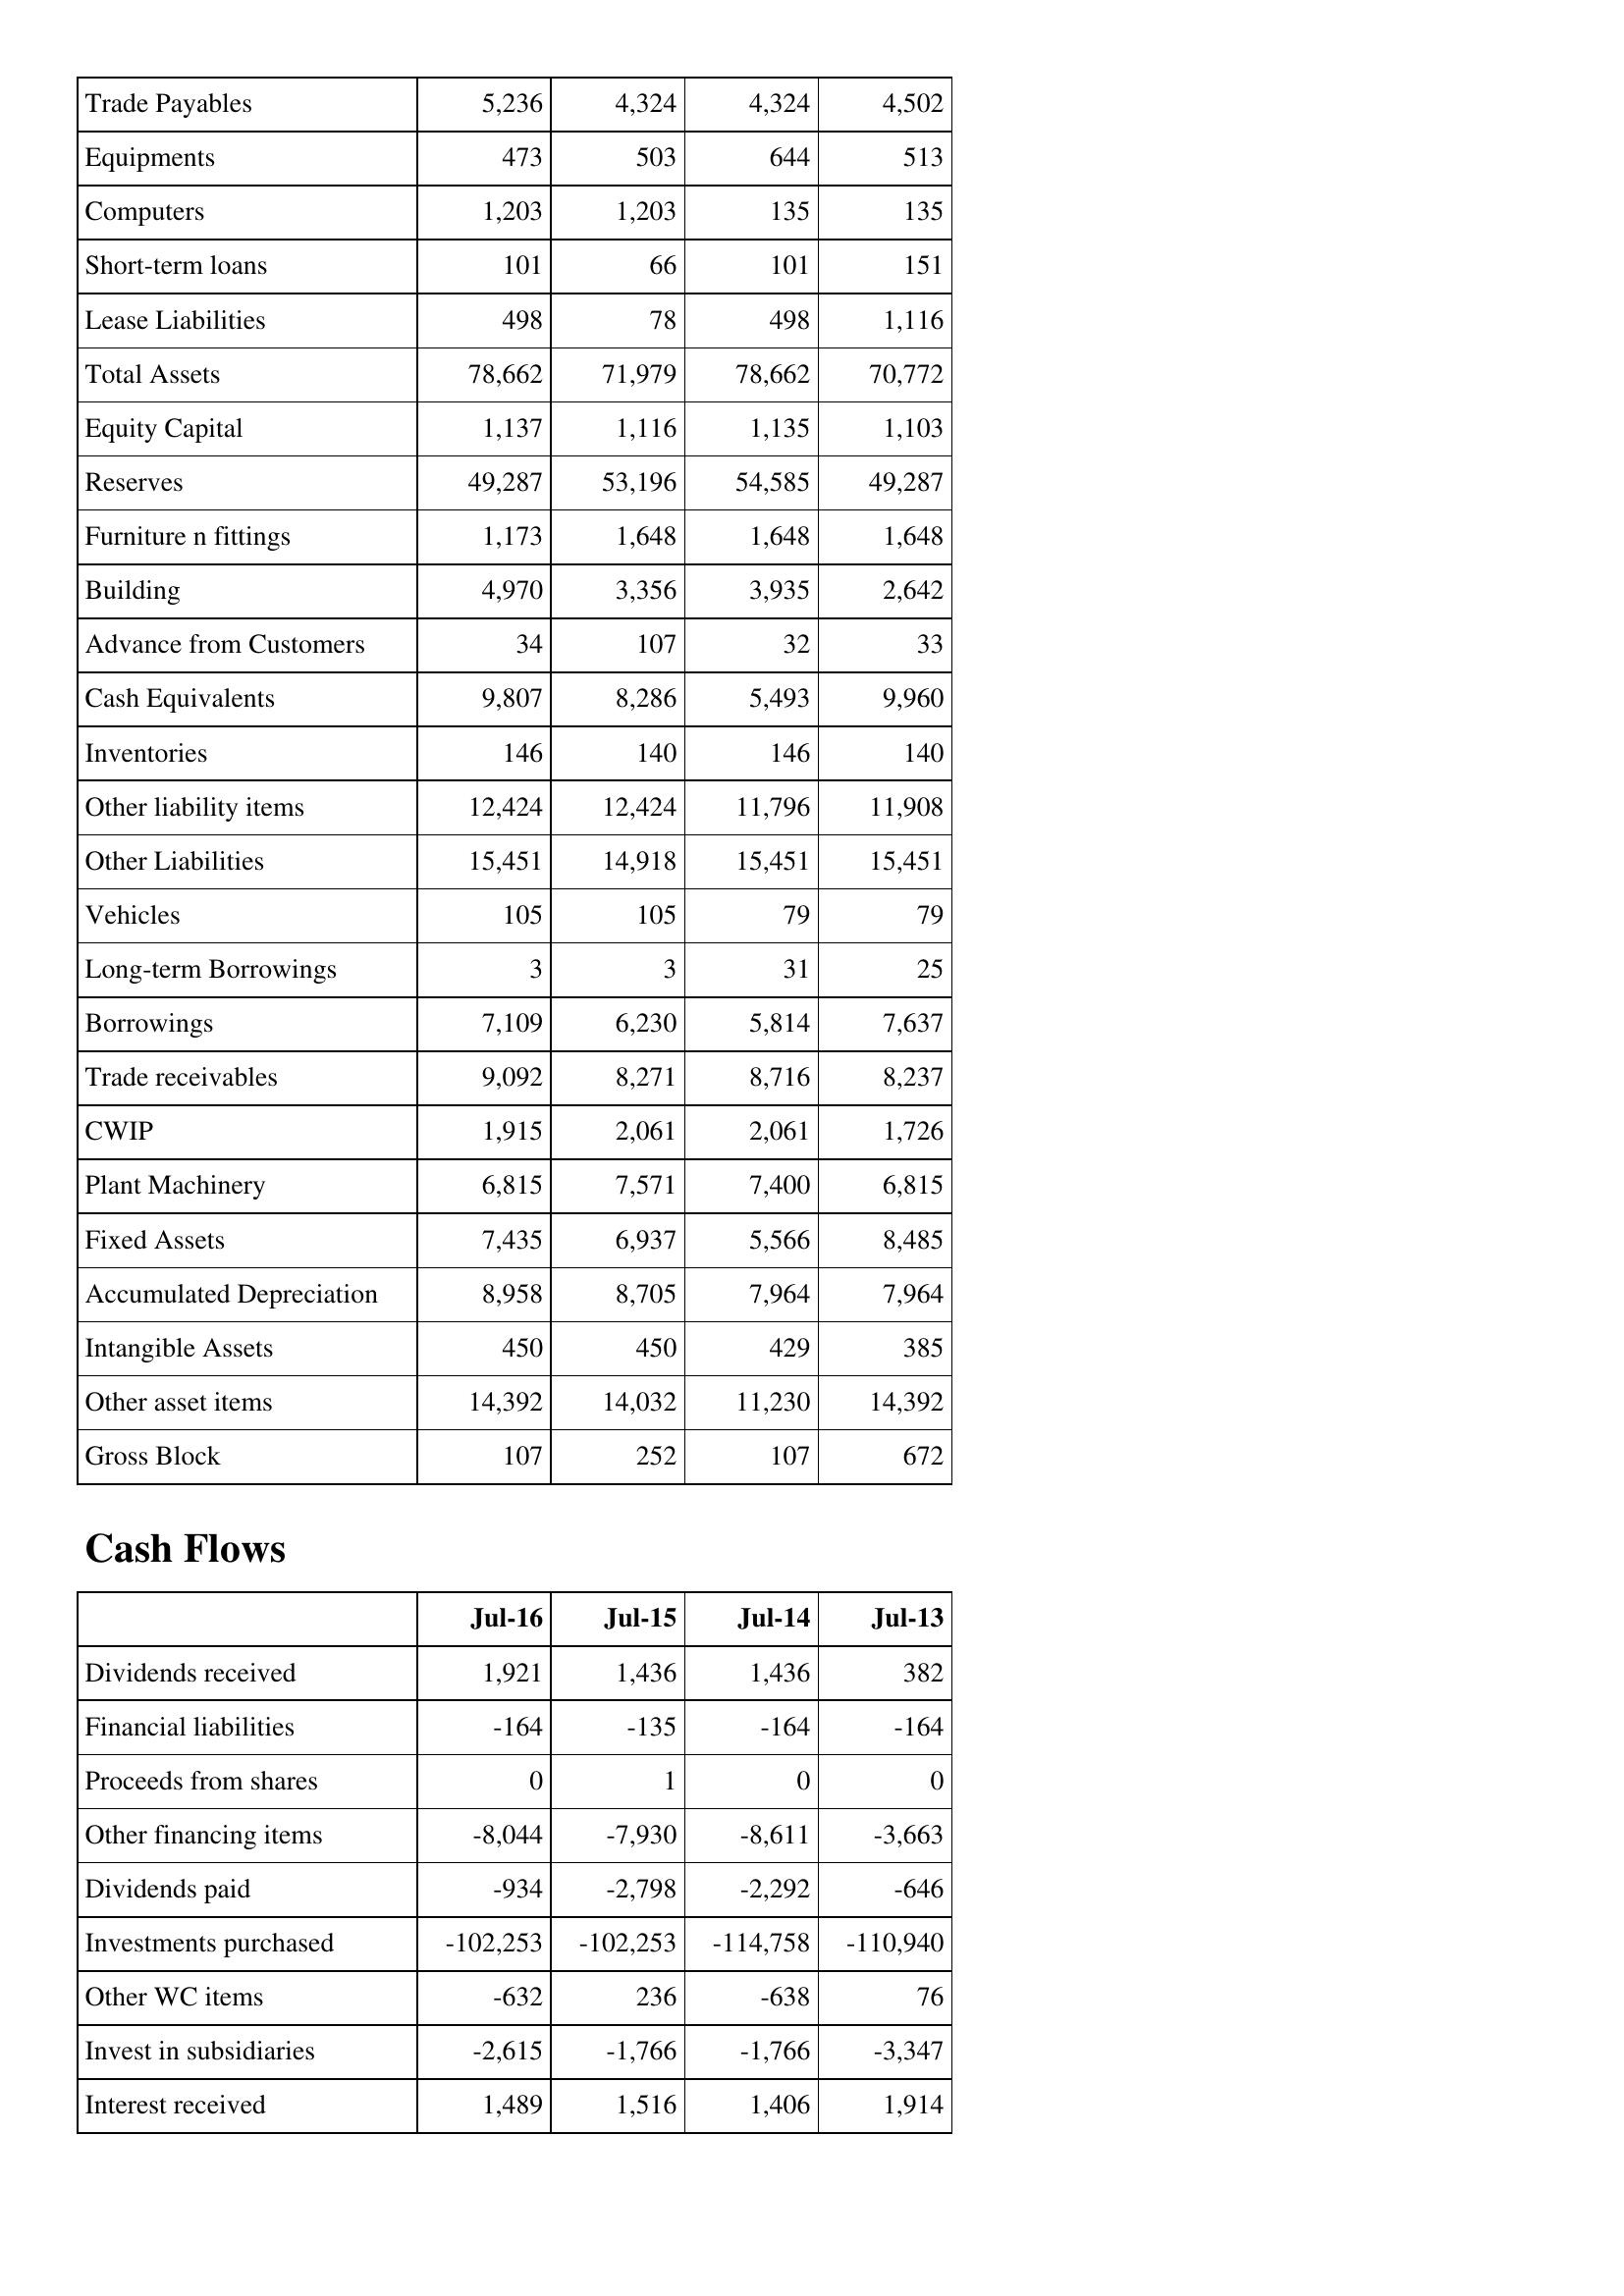
Jul-16: Balance Sheet: Trade Payables: 5,236
Equipments: 473
Computers: 1,203
Short-term loans: 101
Lease Liabilities: 498
Total Assets: 78,662
Equity Capital: 1,137
Reserves: 49,287
Furniture n fittings: 1,173
Building: 4,970
Advance from Customers: 34
Cash Equivalents: 9,807
Inventories: 146
Other liability items: 12,424
Other Liabilities: 15,451
Vehicles: 105
Long-term Borrowings: 3
Borrowings: 7,109
Trade receivables: 9,092
CWIP: 1,915
Plant Machinery: 6,815
Fixed Assets: 7,435
Accumulated Depreciation: 8,958
Intangible Assets: 450
Other asset items: 14,392
Gross Block: 107
Cash Flows: Dividends received: 1,921
Financial liabilities: -164
Proceeds from shares: 0
Other financing items: -8,044
Dividends paid: -934
Investments purchased: -102,253
Other WC items: -632
Invest in subsidiaries: -2,615
Interest received: 1,489
Jul-15: Balance Sheet: Trade Payables: 4,324
Equipments: 503
Computers: 1,203
Short-term loans: 66
Lease Liabilities: 78
Total Assets: 71,979
Equity Capital: 1,116
Reserves: 53,196
Furniture n fittings: 1,648
Building: 3,356
Advance from Customers: 107
Cash Equivalents: 8,286
Inventories: 140
Other liability items: 12,424
Other Liabilities: 14,918
Vehicles: 105
Long-term Borrowings: 3
Borrowings: 6,230
Trade receivables: 8,271
CWIP: 2,061
Plant Machinery: 7,571
Fixed Assets: 6,937
Accumulated Depreciation: 8,705
Intangible Assets: 450
Other asset items: 14,032
Gross Block: 252
Cash Flows: Dividends received: 1,436
Financial liabilities: -135
Proceeds from shares: 1
Other financing items: -7,930
Dividends paid: -2,798
Investments purchased: -102,253
Other WC items: 236
Invest in subsidiaries: -1,766
Interest received: 1,516
Jul-14: Balance Sheet: Trade Payables: 4,324
Equipments: 644
Computers: 135
Short-term loans: 101
Lease Liabilities: 498
Total Assets: 78,662
Equity Capital: 1,135
Reserves: 54,585
Furniture n fittings: 1,648
Building: 3,935
Advance from Customers: 32
Cash Equivalents: 5,493
Inventories: 146
Other liability items: 11,796
Other Liabilities: 15,451
Vehicles: 79
Long-term Borrowings: 31
Borrowings: 5,814
Trade receivables: 8,716
CWIP: 2,061
Plant Machinery: 7,400
Fixed Assets: 5,566
Accumulated Depreciation: 7,964
Intangible Assets: 429
Other asset items: 11,230
Gross Block: 107
Cash Flows: Dividends received: 1,436
Financial liabilities: -164
Proceeds from shares: 0
Other financing items: -8,611
Dividends paid: -2,292
Investments purchased: -114,758
Other WC items: -638
Invest in subsidiaries: -1,766
Interest received: 1,406
Jul-13: Balance Sheet: Trade Payables: 4,502
Equipments: 513
Computers: 135
Short-term loans: 151
Lease Liabilities: 1,116
Total Assets: 70,772
Equity Capital: 1,103
Reserves: 49,287
Furniture n fittings: 1,648
Building: 2,642
Advance from Customers: 33
Cash Equivalents: 9,960
Inventories: 140
Other liability items: 11,908
Other Liabilities: 15,451
Vehicles: 79
Long-term Borrowings: 25
Borrowings: 7,637
Trade receivables: 8,237
CWIP: 1,726
Plant Machinery: 6,815
Fixed Assets: 8,485
Accumulated Depreciation: 7,964
Intangible Assets: 385
Other asset items: 14,392
Gross Block: 672
Cash Flows: Dividends received: 382
Financial liabilities: -164
Proceeds from shares: 0
Other financing items: -3,663
Dividends paid: -646
Investments purchased: -110,940
Other WC items: 76
Invest in subsidiaries: -3,347
Interest received: 1,914